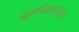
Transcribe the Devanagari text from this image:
कुमारिताश्विली